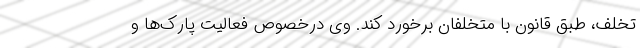
تخلف، طبق قانون با متخلفان برخورد کند. وی درخصوص فعالیت پارک‌ها و